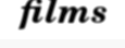
films